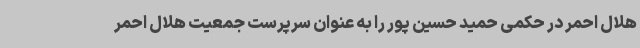
هلال احمر در حکمی حمید حسین پور را به عنوان ‌سرپرست جمعیت هلال احمر